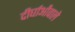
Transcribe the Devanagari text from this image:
दीर्घाओंवाले